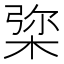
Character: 𣓔